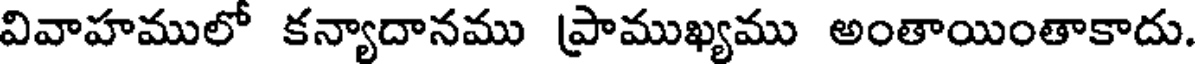
వివాహములో కన్యాదానము ప్రాముఖ్యము అంతాయింతాకాదు.